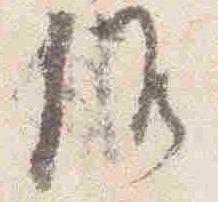
候